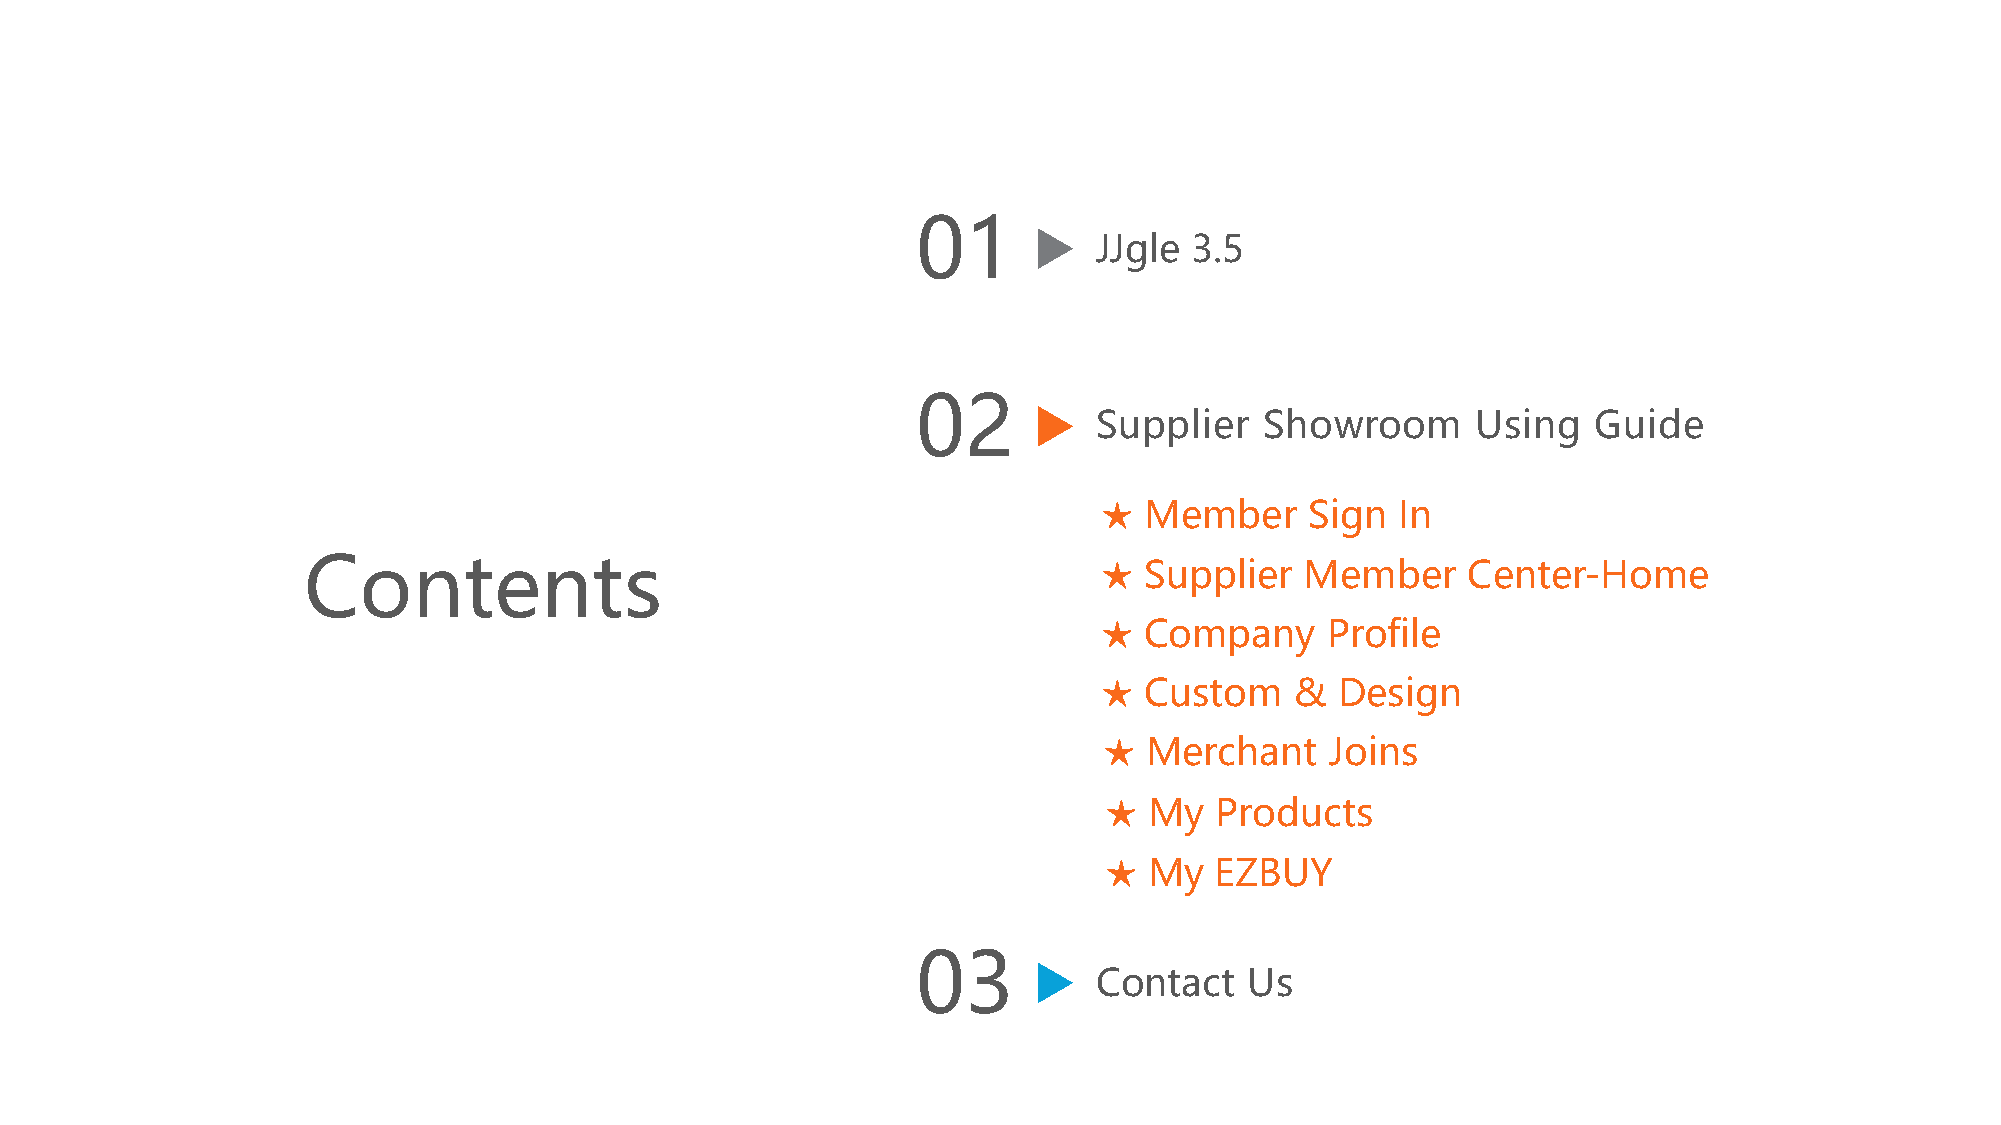
01
 JJgle 3.5
 02
 Supplier   Showroom      Using   Guide
 ★  Member     Sign  In
 Contents                                             ★  Supplier  Member     Center-Home
 ★  Company     Profile
 ★  Custom    &  Design
 ★  Merchant    Joins
 ★  My  Products
 ★  My  EZBUY
 03
 Contact   Us